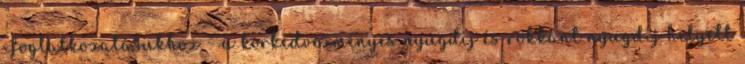
Foglalkozatásukhoz – a korkedvezményes nyugdíj és rokkant nyugdíj helyett